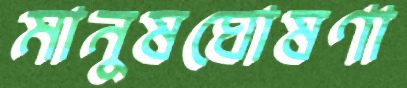
মানুষঘোষণা